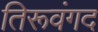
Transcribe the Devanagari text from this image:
तिरूवंगद